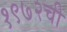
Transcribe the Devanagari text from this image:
१९७२ची